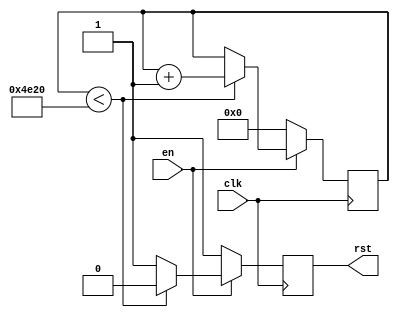
//-----------------------------------------------------------------------------
//
// Title       : reset_long
// Design      : arria5_tst1
// Company     : nasa
//
//-----------------------------------------------------------------------------
//
// Generated   : Wed Apr 11 10:06:18 2018
// From        : interface description file
// By          : Itf2Vhdl ver. 1.22
//
//-----------------------------------------------------------------------------
//
// Description : 
//
//-----------------------------------------------------------------------------
`timescale 1 ns / 1 ps

module reset_long ( clk,en,rst );

parameter delay=20000;

output rst ;
wire rst ;

input clk ;
wire clk ;

input en ;
wire en ;

reg [31:0] sch=0;	
reg rst_reg=1;

always @(posedge clk)
if (en==0)  begin sch<=0; rst_reg<=1; end
else
	begin		
		if (sch<delay)	 begin sch<=sch+1; rst_reg<=0; end else 	rst_reg<=1;
	end
assign rst = rst_reg;	

endmodule